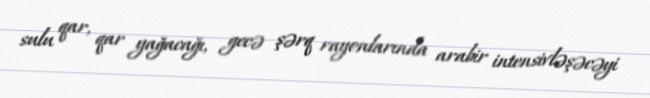
sulu qar, qar yağacağı, gecə şərq rayonlarında arabir intensivləşəcəyi